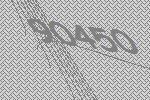
90450